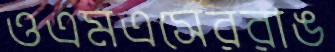
ওএমএসেররাঙ